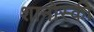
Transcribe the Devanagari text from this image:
शानोस्की